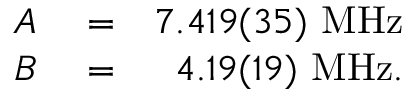
\begin{array} { r l r } { A } & { { } = } & { 7 . 4 1 9 ( 3 5 ) ~ \mathrm { { M H z } } } \\ { B } & { { } = } & { 4 . 1 9 ( 1 9 ) ~ \mathrm { { M H z } } . } \end{array}